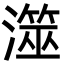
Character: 澨